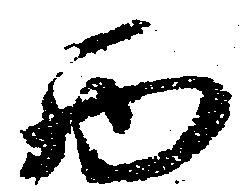
西